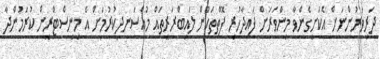
ދަރިވަރުންނަށް އެކަށީގެންވާ މިންވަރަށް ފައިދާހުރި ފޮތްތަކުން ލައިބްރަރީތައް މުއްސަނދިކުރުމަށް އެ މިނިސްޓްރީން ކުރަމުންދާ